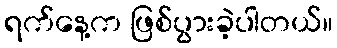
ရက်နေ့က ဖြစ်ပွားခဲ့ပါတယ်။